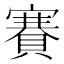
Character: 賽